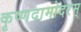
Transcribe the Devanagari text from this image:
कृष्णदामोदरम्